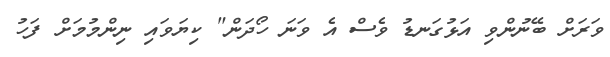
ވަރަށް ބޭނުންވި އަޅުގަނޑު ވެސް އެ ވަނަ ހޯދަން" ކިޔަވައި ނިންމުމަށް ފަހު